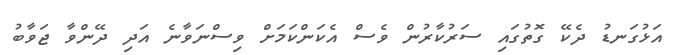
އަޅުގަނޑު ދެކޭ ގޮތުގައި ސަރުކާރުން ވެސް އެކަންކަމަށް ވިސްނަވާނެ އަދި ދޭންވާ ޖަވާބު